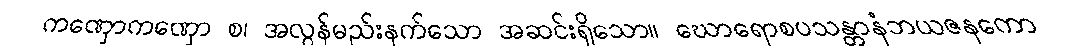
ကဏှောကဏှော စ၊ အလွန်မည်းနက်သော အဆင်းရှိသော။ ဃောရောစပသန္တာနံဘယဇနကော